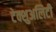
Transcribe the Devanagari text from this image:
टेक्शुअलिटी